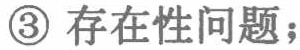
\textcircled{3} 存在性问题；